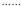
……